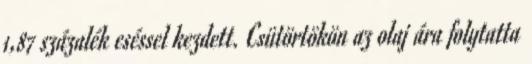
1,87 százalék eséssel kezdett. Csütörtökön az olaj ára folytatta